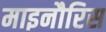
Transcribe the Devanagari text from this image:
माइनौरिस